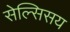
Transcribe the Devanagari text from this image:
सेल्सिसय